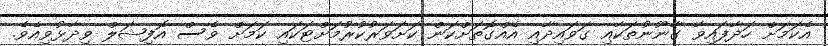
އެކަމަށް ހަދާފައިވާ ގާނޫނުތަކާއި ގަވައިދާއި އެއްގޮތަށްކަން ކަށަވަރުކުރުމަށްޓަކައި ކަމަށް ވެސް އޮފިޝަލް ވިދާޅުވިއެވެ.